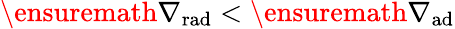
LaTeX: \ensuremath{\nabla_{\mathrm{{rad}}}}<\ensuremath{\nabla_{\mathrm{{ad}}}}